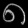
Digit: ၈